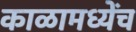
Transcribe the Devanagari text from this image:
काळामध्येंच